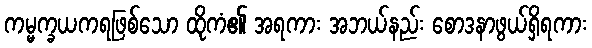
ကမ္မက္ခယကရဖြစ်သော ထိုကံ၏ အရကား အဘယ်နည်း စောဒနာဖွယ်ရှိရကား